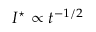
I ^ { \star } \propto t ^ { - 1 / 2 }